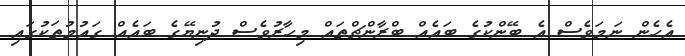
އެހެން ނަމަވެސް އެ ބޭންކުގެ ބައެއް ބްރާންޗްތައް މިހާރުވެސް ދުނިޔޭގެ ބައެއް ގައުމުތަކުގައި